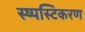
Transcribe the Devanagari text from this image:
स्ष्पस्टिकरण